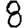
Digit: 8